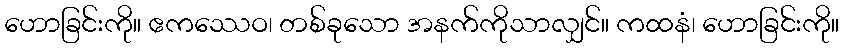
ဟောခြင်းကို။ ဧကဿေဝ၊ တစ်ခုသော အနက်ကိုသာလျှင်။ ကထနံ၊ ဟောခြင်းကို။